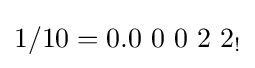
1/10=0.0\ 0\ 0\ 2\ 2_{!}